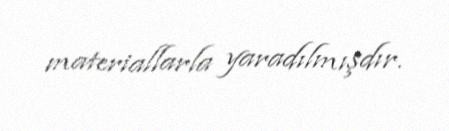
materiallarla yaradılmışdır.